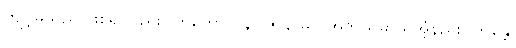
ကျင့်မိသည် ဖြစ်၍လည်း။ ကုတော ပန (ဇာနာမိ)၊ အဘယ်မှာသိအံ့နည်း။ ဘန္တေ၊